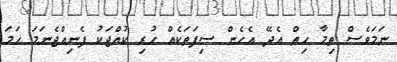
ނަމަވެސް ތިމާ ހިތް އެދޭ އެހެން ސިފަތަކެއް ހުރި ކުއްޖަކު ފެނިއްޖެނަމަ ހަމަ